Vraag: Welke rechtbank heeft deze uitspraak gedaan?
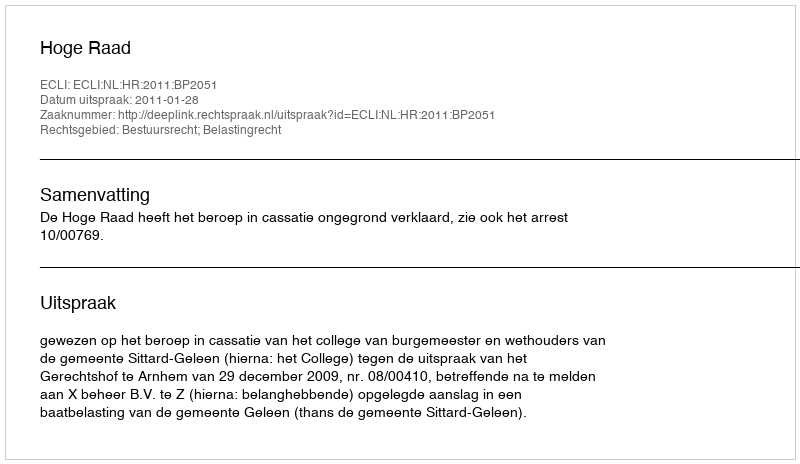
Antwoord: Hoge Raad